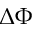
\Delta \Phi